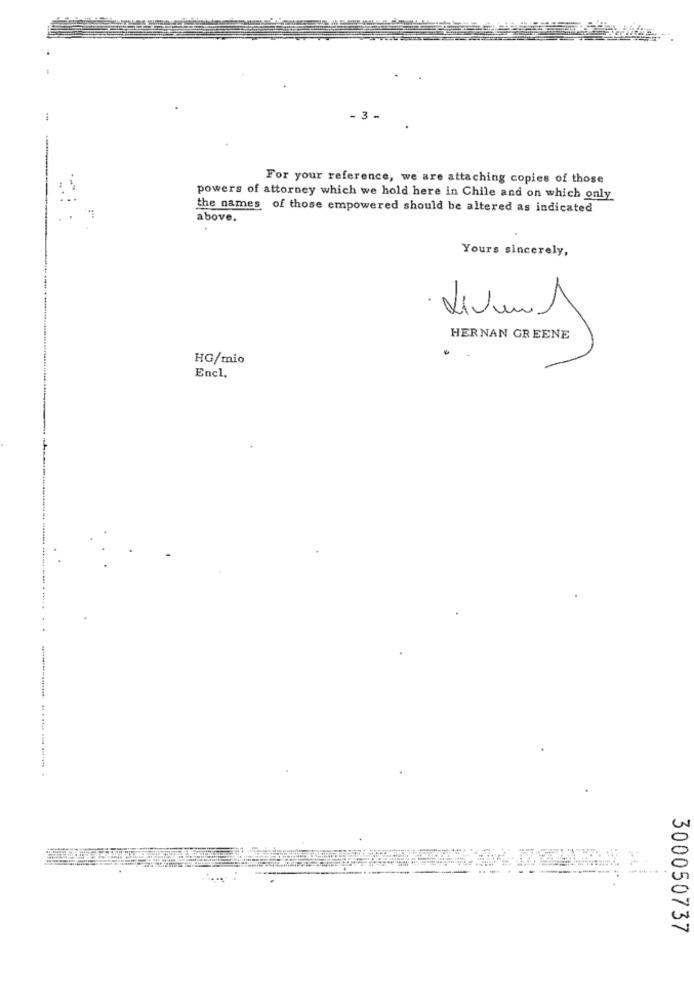
.3 -
For your reference, we are attaching copies of those
powers of attorney which we hold here in Chile and on which only
the names of those empowered should be altered as indicated
above.
Yours sincerely,
· Livan A
HERNAN GREENE
HG/mio
Encl.
300050737